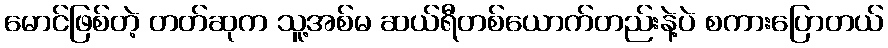
မောင်ဖြစ်တဲ့ တတ်ဆုက သူ့အစ်မ ဆယ်ရီတစ်ယောက်တည်းနဲ့ပဲ စကားပြောတယ်